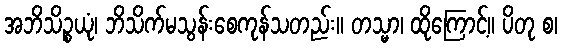
အဘိသိဉ္စယုံ၊ ဘိသိက်မသွန်းစေကုန်သတည်း။ တသ္မာ၊ ထိုကြောင့်။ ပိတု စ၊